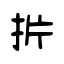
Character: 扸